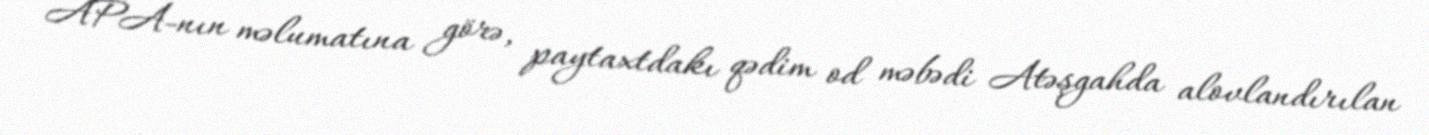
APA-nın məlumatına görə, paytaxtdakı qədim od məbədi Atəşgahda alovlandırılan